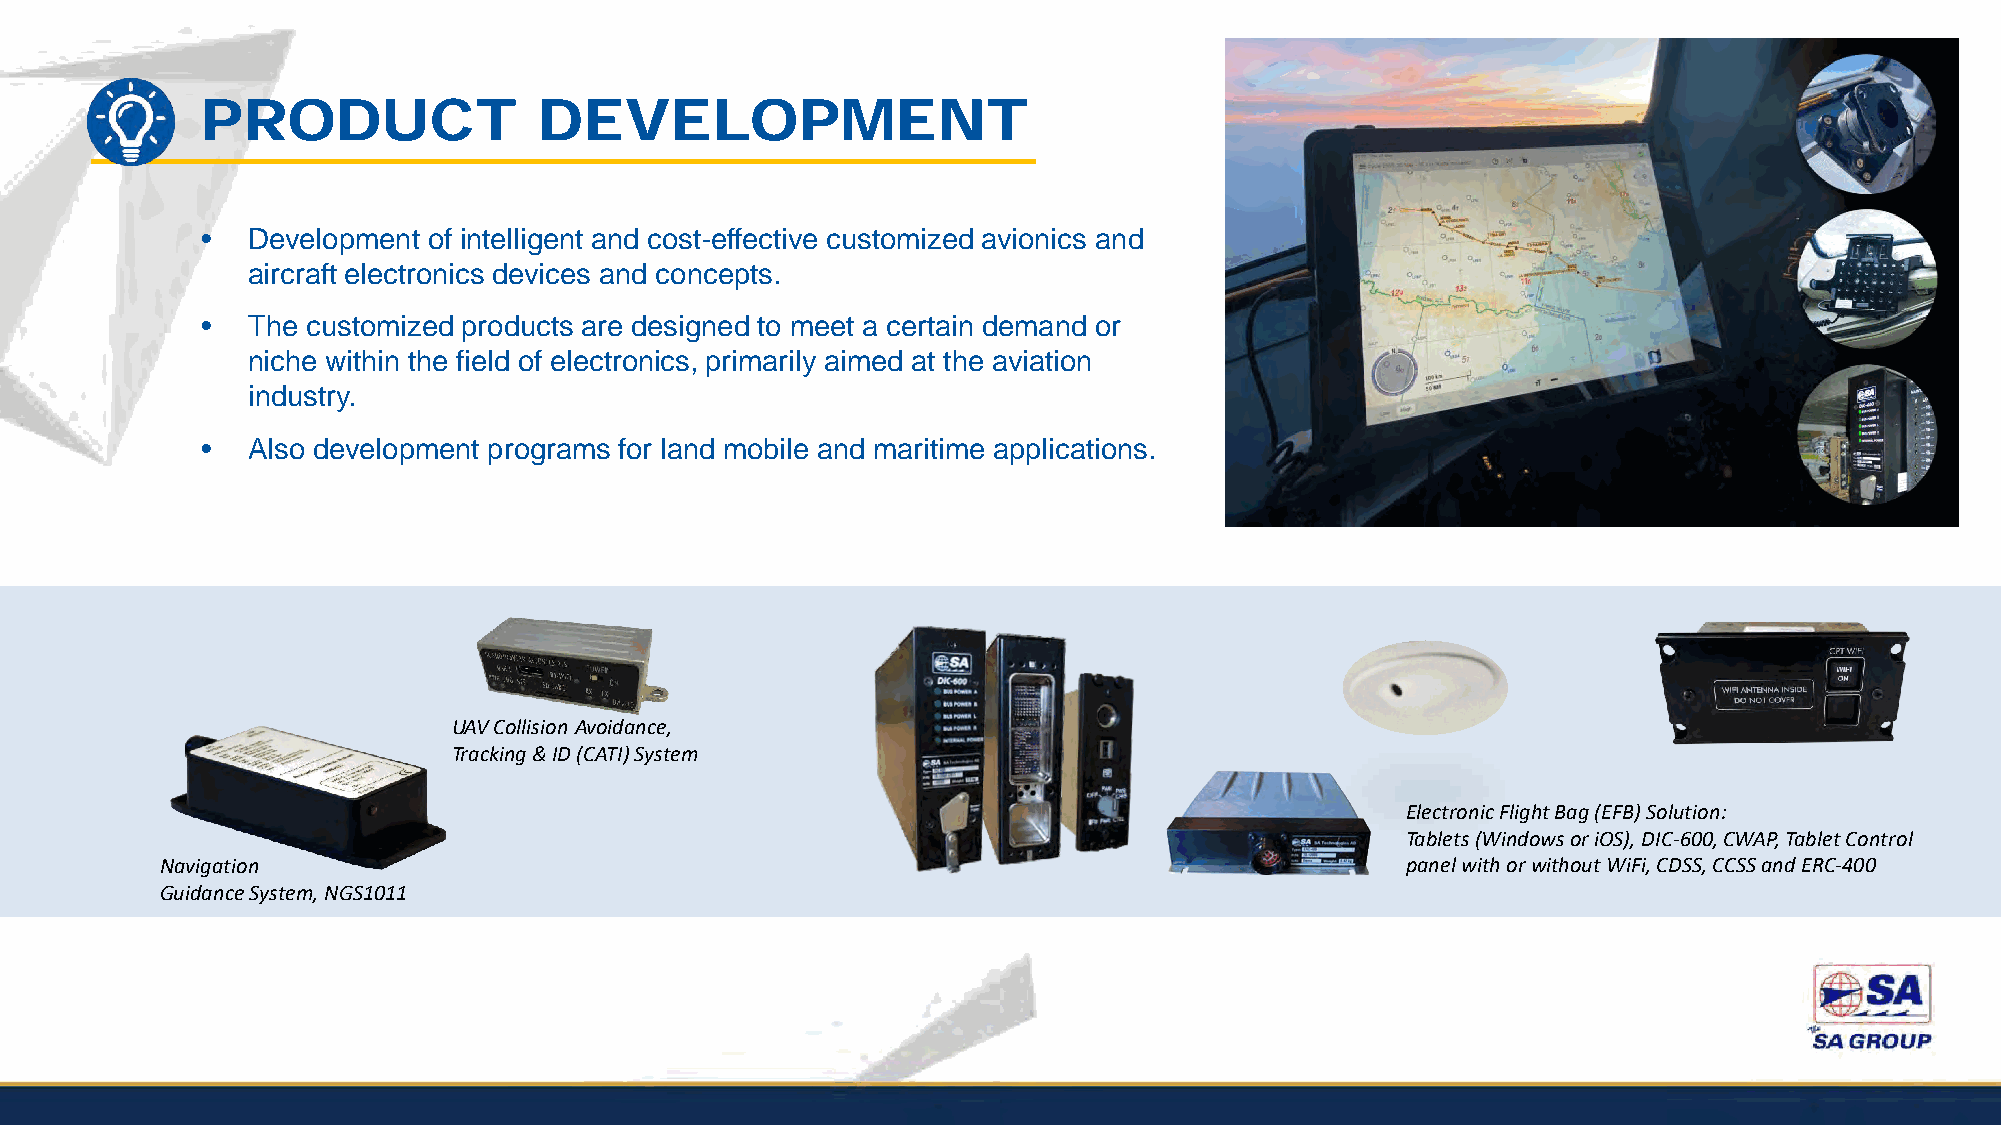
PRODUCT                DEVELOPMENT
 •  Development of intelligent and cost-effective customized avionics and
 aircraft electronics devices and concepts.
 •  The customized products are designed to meet a certain demand or
 niche within the field of electronics, primarily aimed at the aviation
 industry.
 •  Also development programs for land mobile and maritime applications.
 UAV Collision Avoidance,
 Tracking & ID (CATI) System
 Electronic Flight Bag (EFB) Solution:
 Tablets (Windows or iOS), DIC-600, CWAP, Tablet Control
 Navigation                                                                        panel with or without WiFi, CDSS, CCSS and ERC-400
 Guidance System, NGS1011